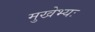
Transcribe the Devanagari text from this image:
मुखेभ्यः